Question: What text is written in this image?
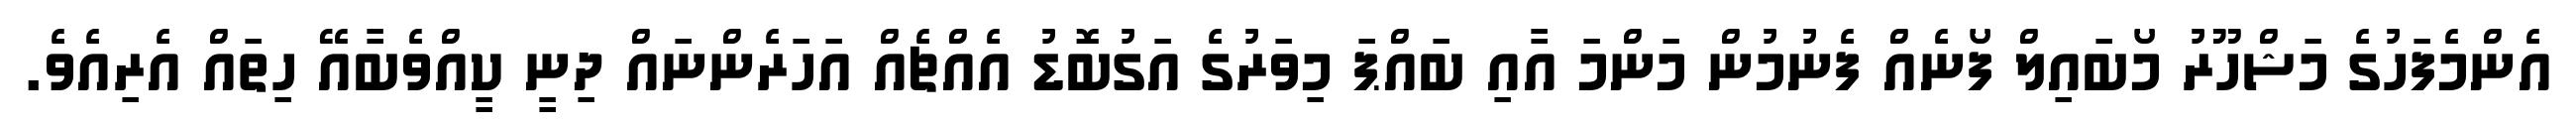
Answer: އެންމެފަހުގެ މަޝްހޫރު މޯބައިލް ފޯނެއް ފެނުމުން މަންމަ އާއި ބައްޕަ މިވަރުގެ އަގުބޮޑު އެއްޗެއް އަހަރެންނައް ދިނީ ކީއްވެބާއޭ ހިތައް އެރިއެވެ.